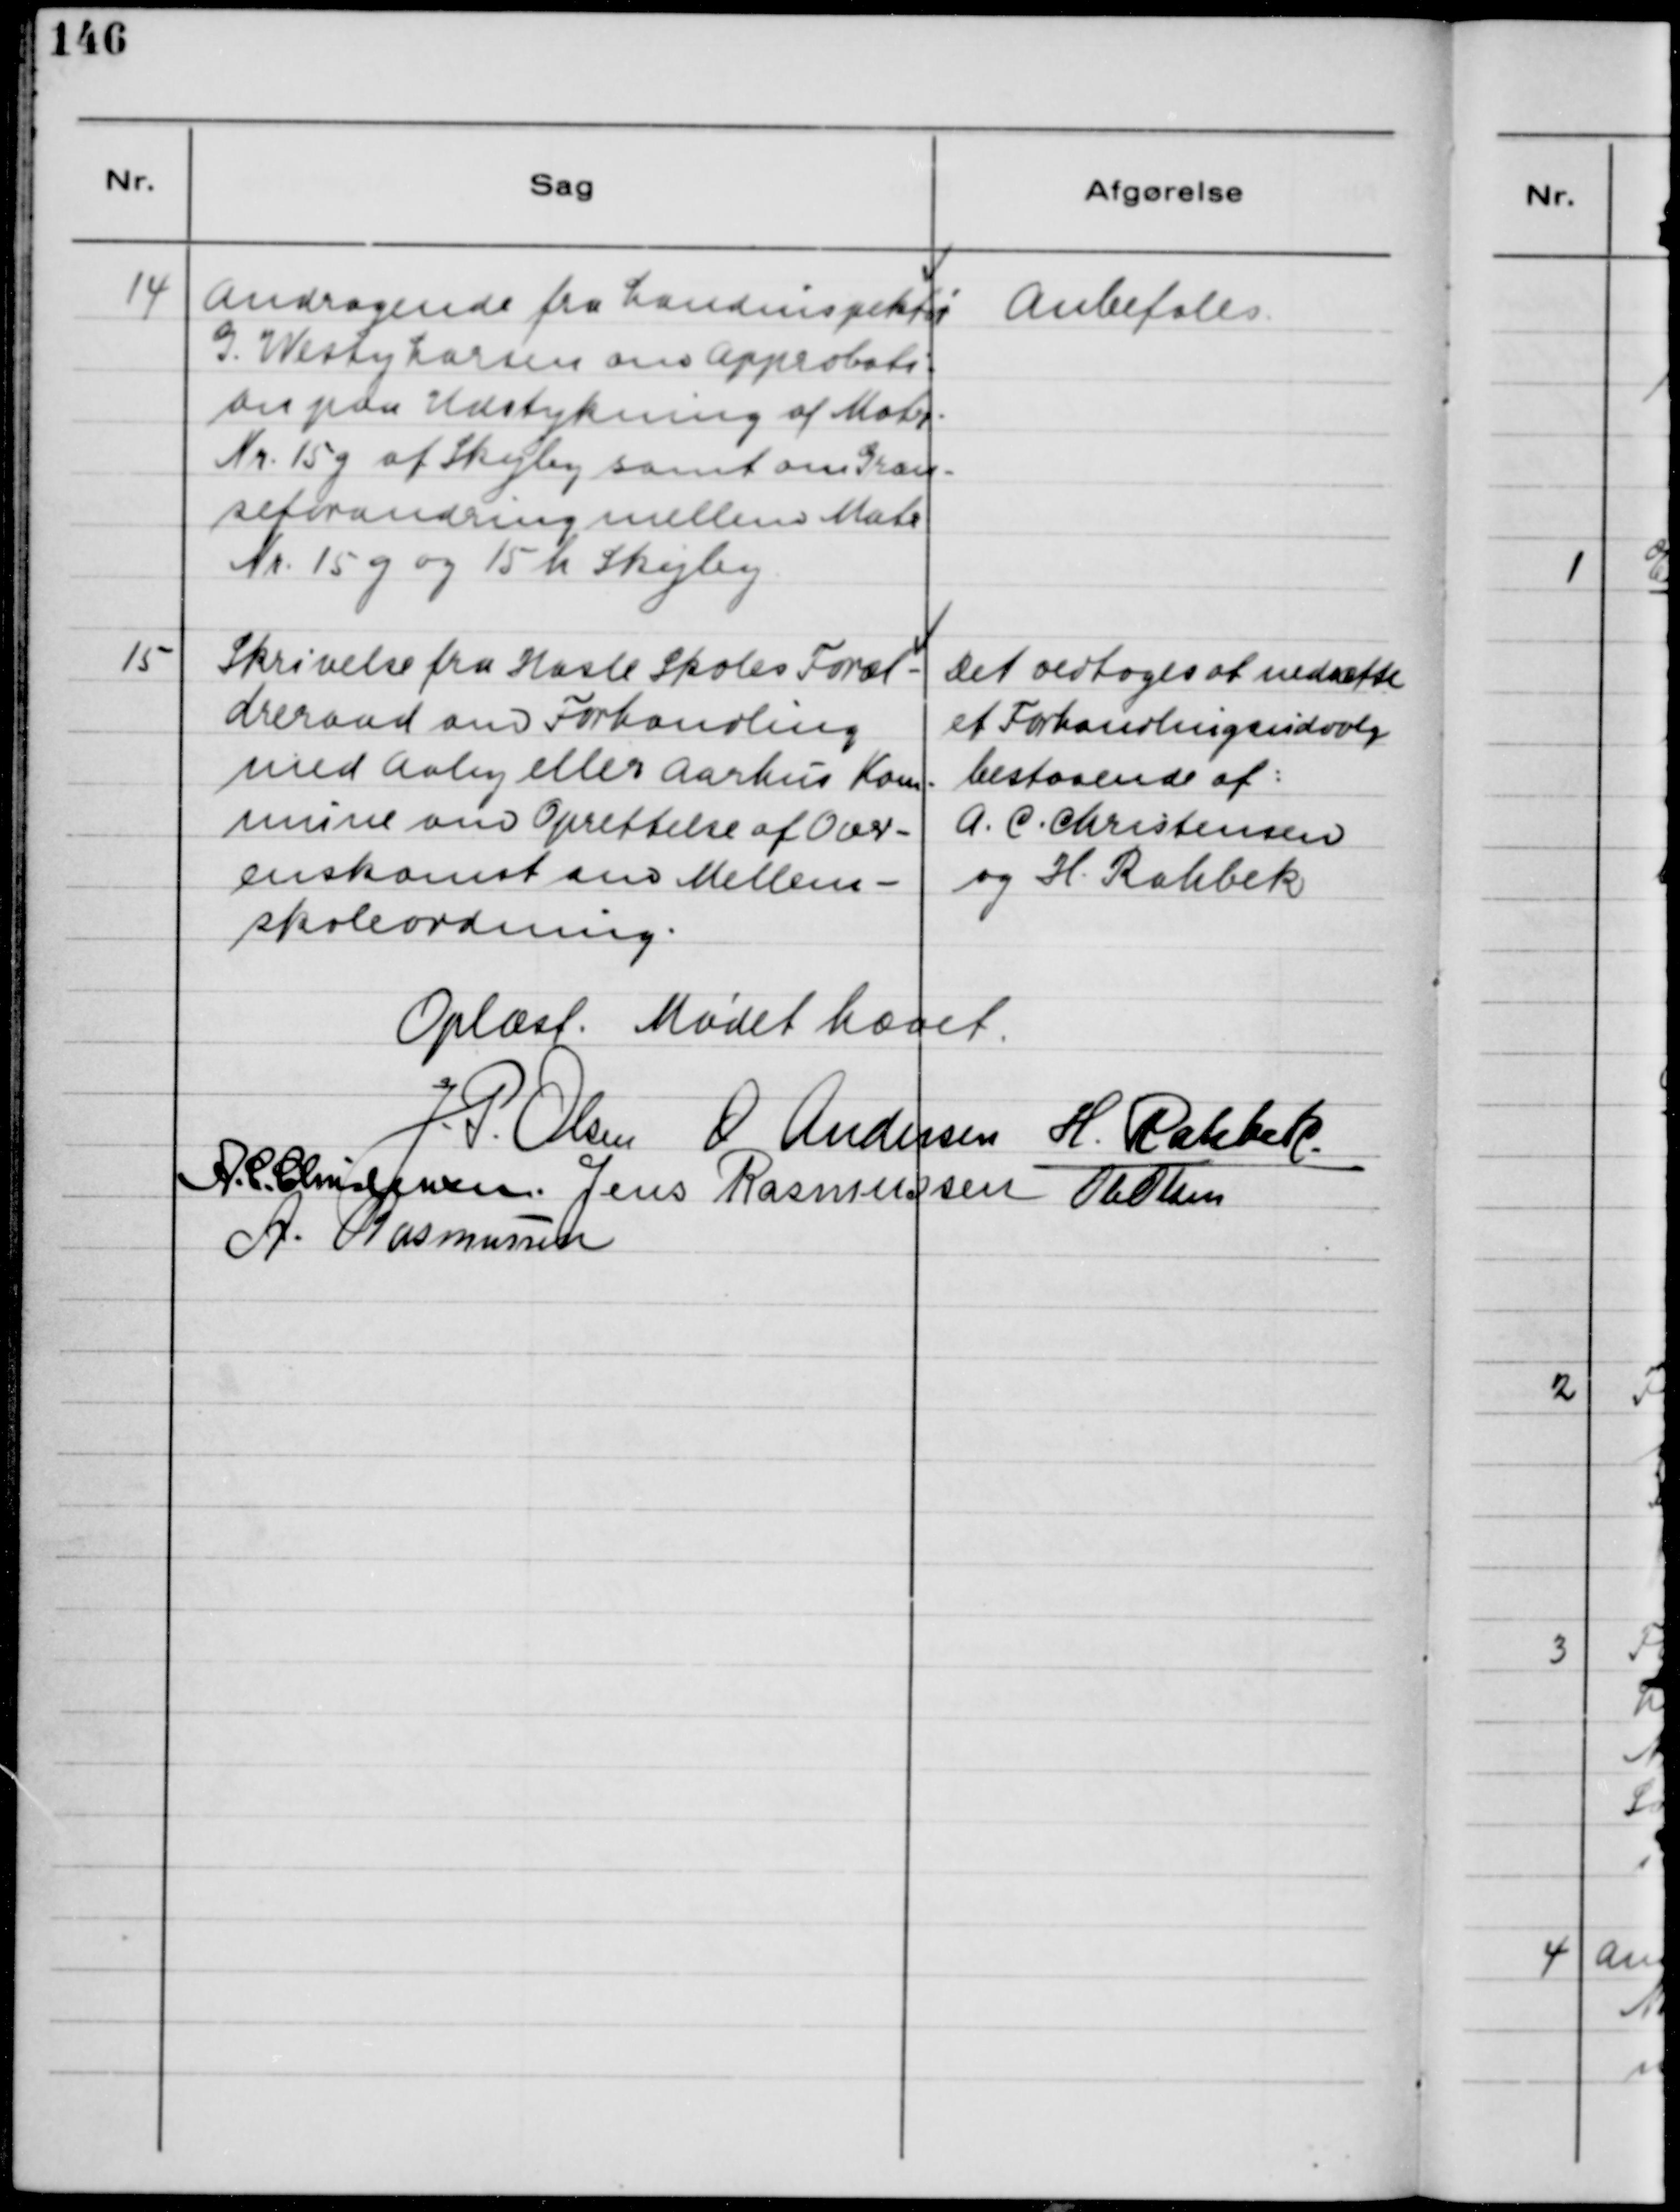
Transskription:
14
Andragende fra Landinspektør
G. Westy Larsen om Approbati-
on paa Udstykning af Matr.
Nr. 15g af Skejby samt om Græn-
seforandring mellem Matr.
Nr. 15g  og 15 h Skejby.
Anbefales
15
Skrivelse fra Hasle Skoles Foræl-
dreraad om Forhandling
med Aaby eller Aarhus Kom-
mune om Oprettelse af Over-
enskomst om Mellem-
skoleordning.
Det vedtoges at nedsætte
et Forhandlingsudvalg
bestaaende af:
A.C. Christensen
og H. Rahbek
Oplæst. Mødet Hævet.
J.P. Olsen
O. Andersen
H. Rahbek
A.C. Christensen.
Jens Rasmussen
Ole Olsen
A. Rasmussen